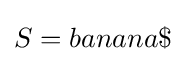
S=banana\$